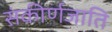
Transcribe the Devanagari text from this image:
संकीर्णजाति